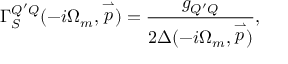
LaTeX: \Gamma _ { S } ^ { Q ^ { \prime } Q } ( - i \Omega _ { m } , \stackrel { \rightharpoonup } { p } ) = \frac { g _ { Q ^ { \prime } Q } } { 2 \Delta ( - i \Omega _ { m } , \stackrel { \rightharpoonup } { p } ) } ,